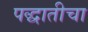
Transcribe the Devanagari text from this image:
पद्धातीचा